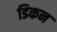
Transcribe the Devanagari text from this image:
डिकन